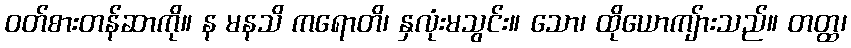
ဝတ်စားတန်ဆာကို။ န မနသိ ကရောတိ၊ နှလုံးမသွင်း။ သော၊ ထိုယောကျ်ားသည်။ တတ္ထ၊